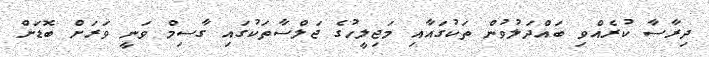
ދިރާސާ ކުރެއްވި ބައްދަލުވުން ތަކުގައާއި މަޖިލީހުގެ ޖަލްސާތަކުގައި ގާސިމް ވަނީ ވަރަށް ބޮޑަށް